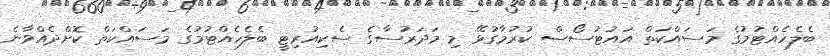
ބެލެހެއްޓުމުގެ މަސައްކަތް އައުޓުސޯސް ކުރުމާގުޅޭ މި މަދަރުސާގެ ސެކިއުރިޓީ ބެލެހެއްޓުމުގެ މަސައްކަތް ކޮށްދެއްވާނެ